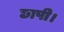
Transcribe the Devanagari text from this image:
छापी।